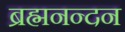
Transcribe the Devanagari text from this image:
ब्रह्मनन्दन